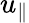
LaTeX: u_{\parallel}